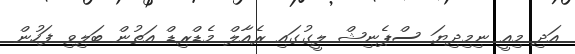
އަދި މިއީ ނިމިދިޔަ ސްޕެނިޝް ލީގުގައި ރެއާލް މެޑްރިޑް އަތުން ބަލިވި ފަހުން